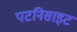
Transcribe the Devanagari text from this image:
पटनिसाइट